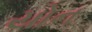
યોન